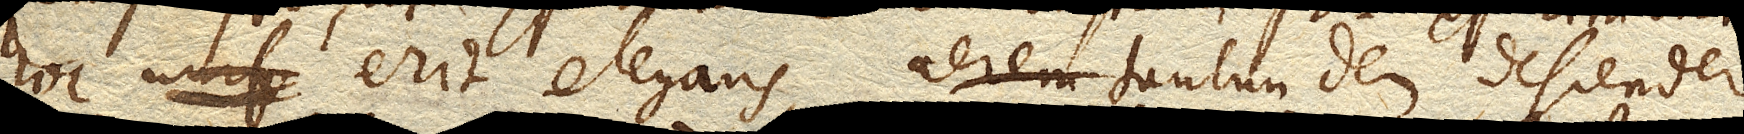
hoc erit elegans, aerem tantundem descendere